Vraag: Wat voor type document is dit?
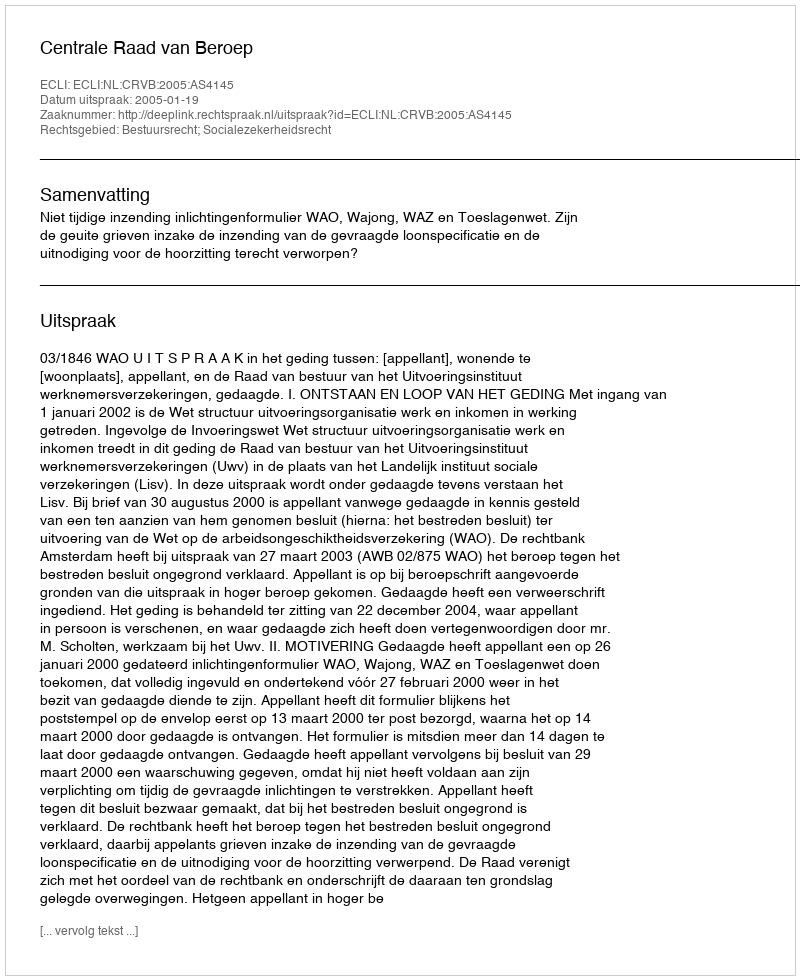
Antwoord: Uitspraak